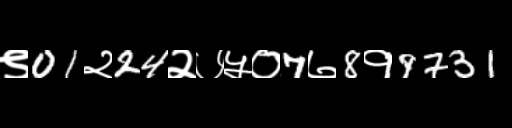
Text: ९01२24२७५०7७8१9731